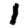
Digit: 1